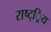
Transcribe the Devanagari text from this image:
राष्ट््रिय